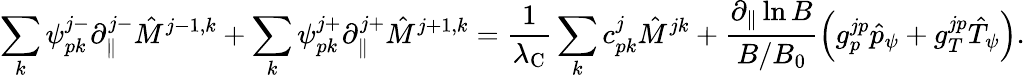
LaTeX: \sum_{k}\psi_{pk}^{j-}\partial_{\| }^{j-}\hat{M}^{j-1,k}+\sum_{k}\psi_{pk}^{j+}\partial_{\| }^{j+}\hat{M}^{j+1,k}=\frac{1}{\lambda_{\mathrm{C}}}\sum_{k}c_{pk}^{j}\hat{M}^{jk}+\frac{\partial_{\| }\ln B}{B/B_{0}}\left(g_{p}^{jp}\hat{p}_{\psi}+g_{T}^{jp}\hat{T}_{\psi}\right).